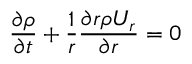
\frac { \partial \rho } { \partial t } + \frac { 1 } { r } \frac { \partial r \rho U _ { r } } { \partial r } = 0